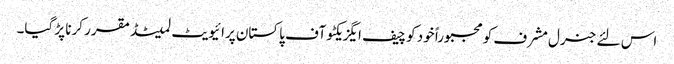
اس لئے جنرل مشرف کو مجبوراً خود کو چیف ایگزیکٹو آف پاکستان پرائیویٹ لمیٹڈ مقرر کرنا پڑ گیا۔